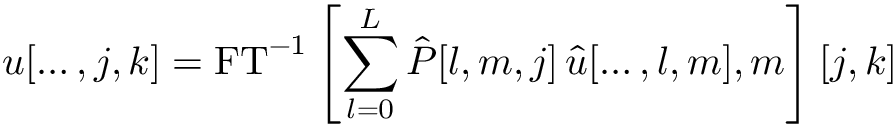
u [ \ldots , j , k ] = \mathrm { F T } ^ { - 1 } \left[ \sum _ { l = 0 } ^ { L } \hat { P } [ l , m , j ] \, \hat { u } [ \ldots , l , m ] , m \right] [ j , k ]